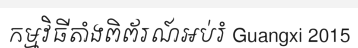
កម្មវិធីតាំងពិព័រណ៍អប់រំ Guangxi 2015